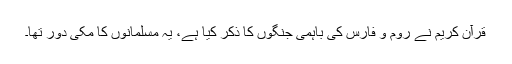
قرآن کریم نے روم و فارس کی باہمی جنگوں کا ذکر کیا ہے، یہ مسلمانوں کا مکی دور تھا۔